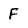
Character: F